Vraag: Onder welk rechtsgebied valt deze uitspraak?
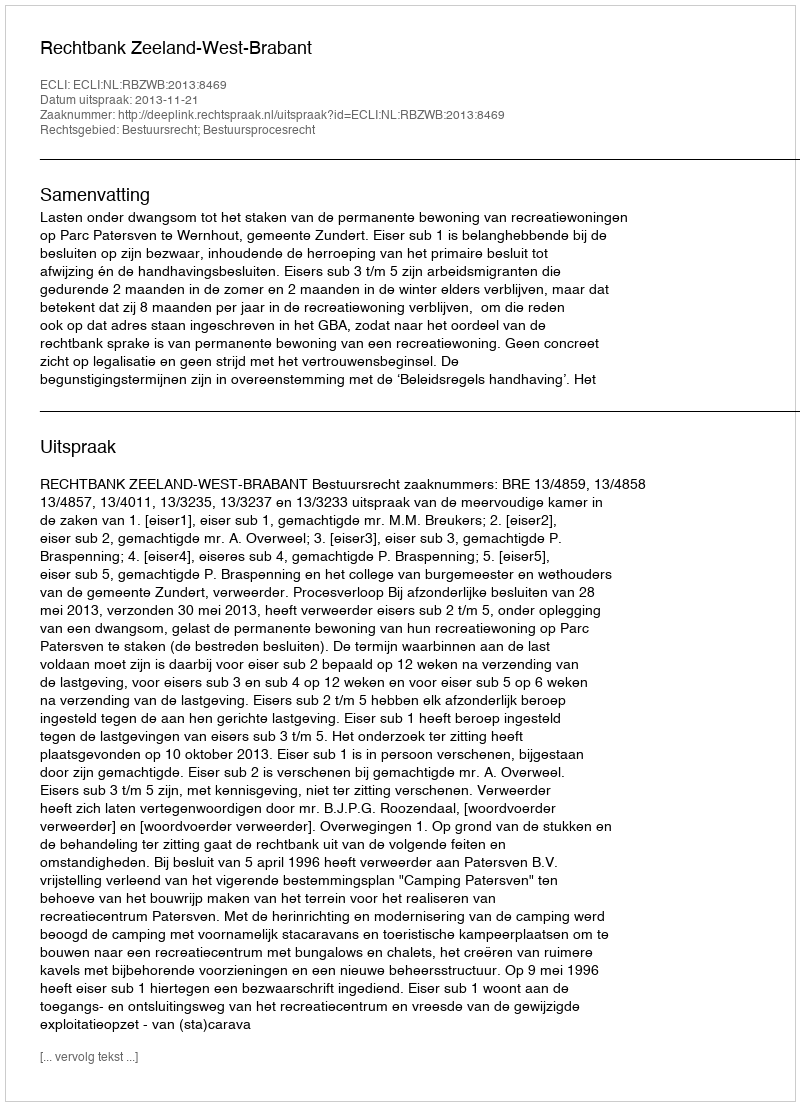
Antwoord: Bestuursrecht; Bestuursprocesrecht